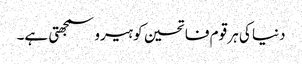
دنیا کی ہر قوم فاتحین کو ہیرو سمجھتی ہے۔